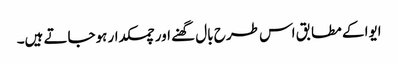
ایوا کے مطابق اس طرح بال گھنے اور چمکدار ہوجاتے ہیں۔